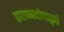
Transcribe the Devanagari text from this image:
स्वप्नदोषाद्वारे